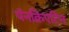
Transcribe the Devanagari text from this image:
पॅनक्रिएटिन